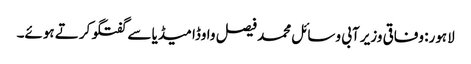
لاہور: وفاقی وزیر آبی وسائل محمد فیصل واوڈا میڈیا سے گفتگو کرتے ہوئے۔